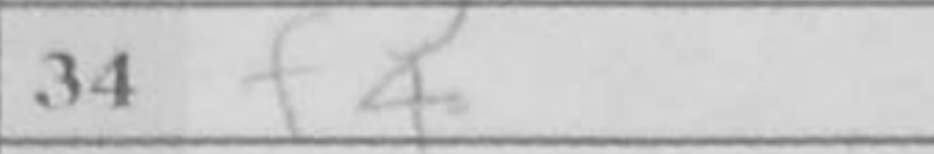
Transcription: f4